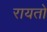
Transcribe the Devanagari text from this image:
रायतो